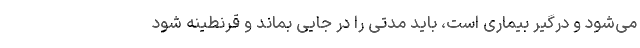
می‌شود و درگیر بیماری است، باید مدتی را در جایی بماند و قرنطینه شود